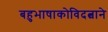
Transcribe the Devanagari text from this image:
बहुभाषाकोविदत्वाने